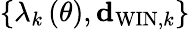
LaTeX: \left\{ \lambda_{k}\left(\theta\right),{\mathbf d}_{\mathrm{WIN},k}\right\}